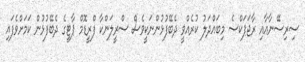
ސިރިސޭނާއާއި ރާޖަޕަކްސެ މިބައްދަލު ކުރެއްވީ ދެބޭފުޅުންނަކީވެސް ސްރީލަންކާ ފްރީޑޮމް ޕާޓީގެ ދެބޭފުޅުން ކަމަށްވެފައި